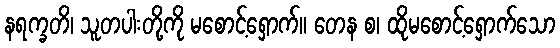
နရက္ခတိ၊ သူတပါးတို့ကို မစောင့်ရှောက်။ တေန စ၊ ထိုမစောင့်ရှောက်သော